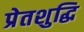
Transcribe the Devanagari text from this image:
प्रेतशुद्धि